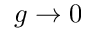
g \rightarrow 0